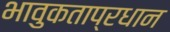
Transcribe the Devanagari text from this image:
भावुकताप्रधान